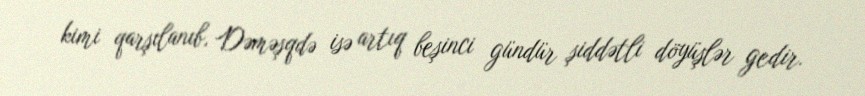
kimi qarşılanıb, Dəməşqdə isə artıq beşinci gündür şiddətli döyüşlər gedir.